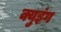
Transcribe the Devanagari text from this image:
क्युइंग